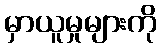
မှာယူမှုများကို